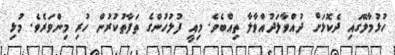
ހުޅުމާލޭގައި ދެކޮޅަށް ދުއްވާލަދުއްވާލާ ތިއްބެވެ. މިއީ ފުލުހުންގެ ތަފާތުކުރުން ހުރި މިންވަރެވެ. މުޅި